Report of an investigation into the causes of the diseases known in Assam as Kála-Azár and Beri-Beri
Disease focus: Beri-Beri
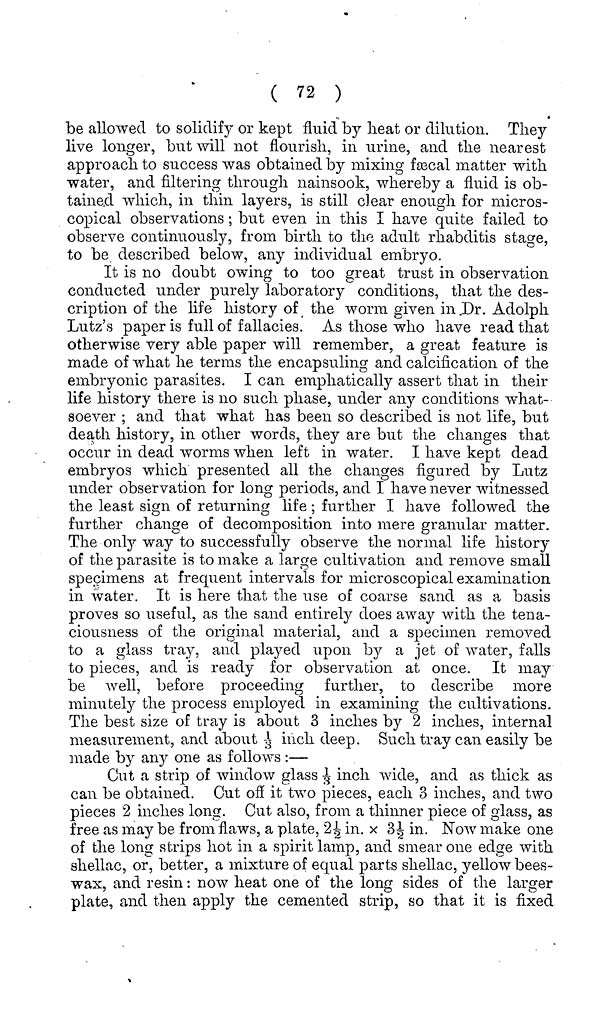
( 72 )
be allowed to solidify or kept fluid by heat or dilution. They
live longer, but will not flourish, in urine, and the nearest
approach to success was obtained by mixing fæcal matter with
water, and filtering through nainsook, whereby a fluid is ob-
tained which, in thin layers, is still clear enough for micros-
copical observations ; but even in this I have quite failed to
observe continuously, from birth to the adult rhabditis stage,
to be described below, any individual embryo.
It is no doubt owing to too great trust in observation
conducted under purely laboratory conditions, that the des-
cription of the life history of the worm given in Dr. Adolph
Lutz's paper is full of fallacies. As those who have read that
otherwise very able paper will remember, a great feature is
made of what he terms the encapsuling and calcification of the
embryonic parasites. I can emphatically assert that in their
life history there is no such phase, under any conditions what-
soever ; and that what has been so described is not life, but
death history, in other words, they are but the changes that
occur in dead worms when left in water. I have kept dead
embryos which presented all the changes figured by Lutz
under observation for long periods, and I have never witnessed
the least sign of returning life ; further I have followed the
further change of decomposition into mere granular matter.
The only way to successfully observe the normal life history
of the parasite is to make a large cultivation and remove small
specimens at frequent intervals for microscopical examination
in water. It is here that the use of coarse sand as a basis
proves so useful, as the sand entirely does away with the tena-
ciousness of the original material, and a specimen removed
to a glass tray, and played upon by a jet of water, falls
to pieces, and is ready for observation at once. It may
be well, before proceeding further, to describe more
minutely the process employed in examining the cultivations.
The best size of tray is about 3 inches by 2 inches, internal
measurement, and about 1/3 inch deep. Such tray can easily be
made by any one as follows :—
Cut a strip of window glass 1/3 inch wide, and as thick as
can be obtained. Out off it two pieces, each 3 inches, and two
pieces 2 inches long. Cut also, from a thinner piece of glass, as
free as may be from flaws, a plate, 2½ in. × 3½ in. Now make one
of the long strips hot in a spirit lamp, and smear one edge with
shellac, or, better, a mixture of equal parts shellac, yellow bees-
wax, and resin : now heat one of the long sides of the larger
plate, and then apply the cemented strip, so that it is fixed